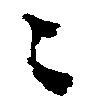
々